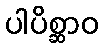
ပါပိစ္ဆာဝ